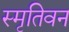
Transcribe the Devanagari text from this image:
स्मृतिवन